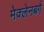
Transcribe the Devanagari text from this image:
मेक्लेनबर्ग